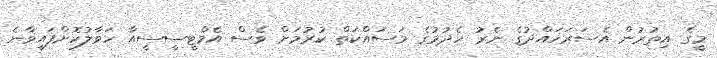
މީގެ އިތުރުން އެސަރަހައްދުގެ ނެރު ހެދުމުގެ މަސައްކަތް ކުރުމަށް ވެސް އެމްޓީސީސީއާ ހަވާލުކޮށްފައިވާނެ